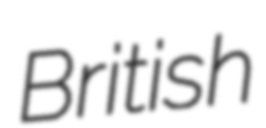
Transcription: British